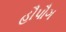
હૌપૌગ